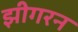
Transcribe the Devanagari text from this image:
झीगरन